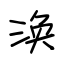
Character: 涣